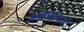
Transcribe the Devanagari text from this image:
अन्नधान्यांचे